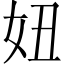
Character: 妞